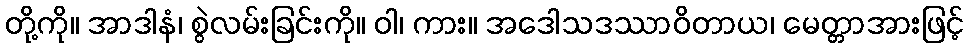
တို့ကို။ အာဒါနံ၊ စွဲလမ်းခြင်းကို။ ဝါ၊ ကား။ အဒေါသဒဿာဝိတာယ၊ မေတ္တာအားဖြင့်